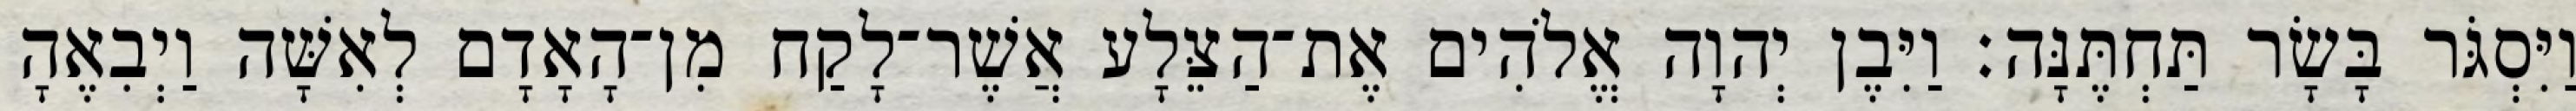
וַיִּסְגֹּר בָּשָׂר תַּחְתֶּנָּה׃ וַיִּבֶן יְהוָה אֱלֹהִים אֶת־הַצֵּלָע אֲשֶׁר־לָקַח מִן־הָאָדָם לְאִשָּׁה וַיְבִאֶהָ